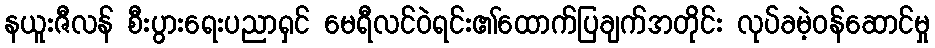
နယူးဇီလန် စီးပွားရေးပညာရှင် မေရီလင်ဝဲရင်း၏ထောက်ပြချက်အတိုင်း လုပ်ခမဲ့ဝန်ဆောင်မှု